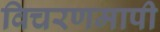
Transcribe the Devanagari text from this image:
विचरणमापी